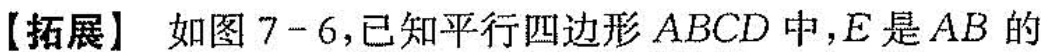
【拓展】如图7-6，已知平行四边形ABCD中，E是AB的